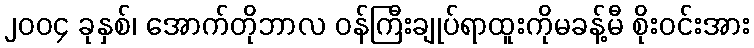
၂၀၀၄ ခုနှစ်၊ အောက်တိုဘာလ ဝန်ကြီးချုပ်ရာထူးကိုမခန့်မီ စိုးဝင်းအား